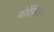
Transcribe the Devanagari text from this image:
फोरेंसिक।